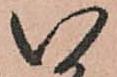
い